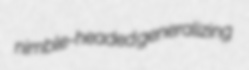
nimble-headed generalizing